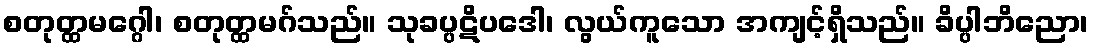
စတုတ္ထမဂ္ဂေါ၊ စတုတ္ထမဂ်သည်။ သုခပ္ပဋိပဒေါ၊ လွယ်ကူသော အကျင့်ရှိသည်။ ခိပ္ပါဘိညော၊